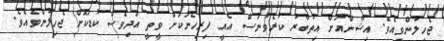
ޖެހިލުންވިއެވެ. އިޝާންއަށް އިތުބާރު ކުރެވުނަސް އެއީ ފިރިހެނަކަށް ވީތީ އަދިވެސް ކުޑަކޮށް ޖެހިލުންވެއެވެ.